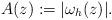
LaTeX: \begin{align*}A(z) := |\omega_h(z)|.\end{align*}